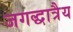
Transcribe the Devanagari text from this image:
जगद्धात्रैय